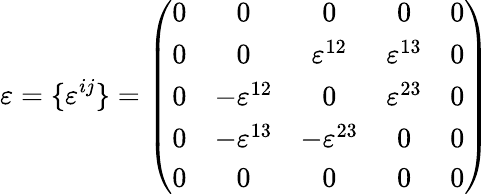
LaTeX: \varepsilon=\{ \varepsilon^{ij}\} =\left(\begin{array}{ccccc}{{0}}&{{0}}&{{0}}&{{0}}&{{0}}\\ {{0}}&{{0}}&{{\varepsilon^{12}}}&{{\varepsilon^{13}}}&{{0}}\\ {{0}}&{{-\varepsilon^{12}}}&{{0}}&{{\varepsilon^{23}}}&{{0}}\\ {{0}}&{{-\varepsilon^{13}}}&{{-\varepsilon^{23}}}&{{0}}&{{0}}\\ {{0}}&{{0}}&{{0}}&{{0}}&{{0}}\end{array}\right)